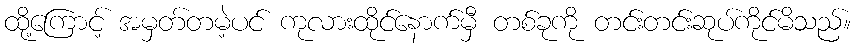
ထို့ကြောင့် အမှတ်တမဲ့ပင် ကုလားထိုင်နောက်မှီ တစ်ခုကို တင်းတင်းဆုပ်ကိုင်မိသည်။